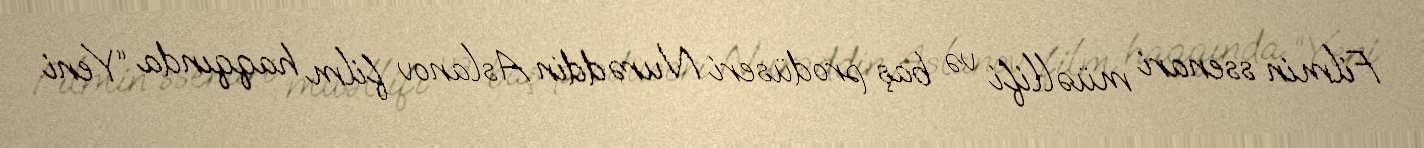
Filmin ssenari müəllifi və baş prodüseri Nurəddin Aslanov film haqqında “Yeni